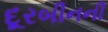
દૂરબીનની